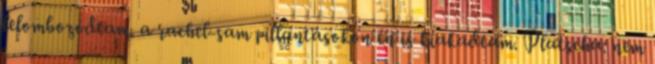
lelombozódtam. a rachel-sam pillantásokon én is kiakadtam. Platschu: nem